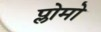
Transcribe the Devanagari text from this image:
प्लोमो